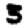
Digit: 3